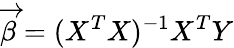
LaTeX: {\overrightarrow{\beta}}=(X^{T}X)^{-1}X^{T}Y